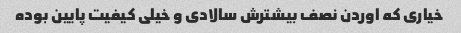
خیاری که اوردن نصف بیشترش سالادی و خیلی کیفیت پایین بوده